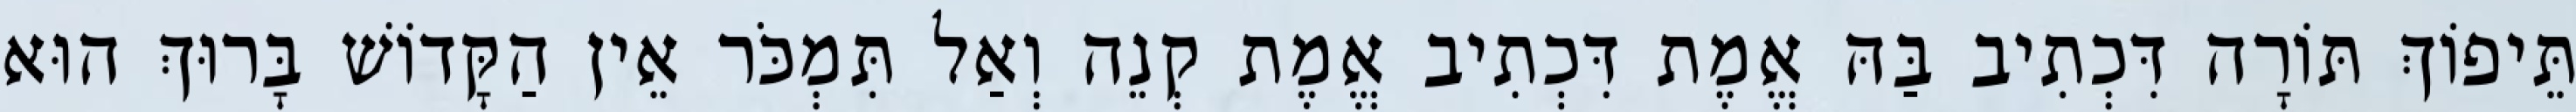
תֵּיפוֹךְ תּוֹרָה דִּכְתִיב בַּהּ אֱמֶת דִּכְתִיב אֱמֶת קְנֵה וְאַל תִּמְכֹּר אֵין הַקָּדוֹשׁ בָּרוּךְ הוּא